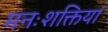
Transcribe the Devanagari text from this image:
मनःशक्तियां